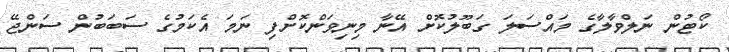
ކޯޓުން ނަލްވާލާގެ މައްސަލަ ގަބޫލުކޮށް އޭނާ މިނިވަންކޮށްފި ނަމަ އެކަމުގެ ސަބަބުން ސަންޖޭ